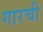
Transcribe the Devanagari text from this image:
गारची